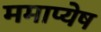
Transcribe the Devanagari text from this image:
ममाप्येष